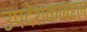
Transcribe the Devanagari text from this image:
उपदेशकाबद्दल